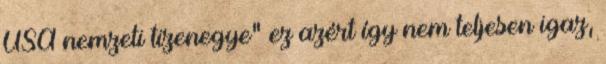
USA nemzeti tizenegye" ez azért így nem teljesen igaz,